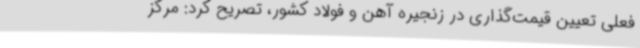
فعلی تعیین قیمت‌گذاری در زنجیره آهن و فولاد کشور، تصریح کرد: مرکز